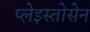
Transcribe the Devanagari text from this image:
प्लेइस्तोसेन